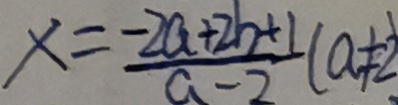
x = \frac { - 2 a + 2 b + 1 } { a - 2 } ( a \neq 2